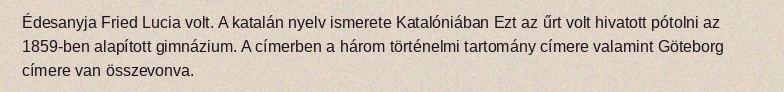
Édesanyja Fried Lucia volt. A katalán nyelv ismerete Katalóniában Ezt az űrt volt hivatott pótolni az 1859-ben alapított gimnázium. A címerben a három történelmi tartomány címere valamint Göteborg címere van összevonva.